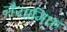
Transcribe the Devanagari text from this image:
नैयामिक